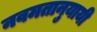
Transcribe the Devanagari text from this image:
नवमतानुयायी